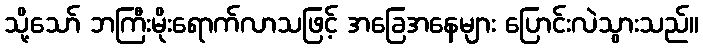
သို့သော် ဘကြီးမိုးရောက်လာသဖြင့် အခြေအနေများ ပြောင်းလဲသွားသည်။